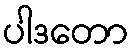
ပါဒတော